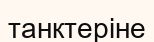
танктеріне